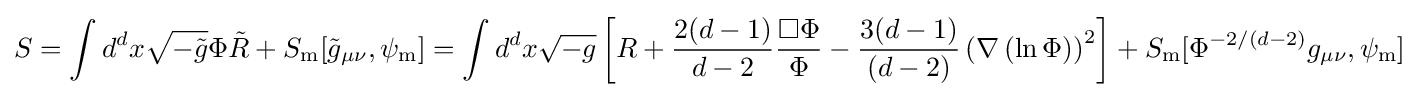
S=\int d^{d}x{\sqrt {-{\tilde {g}}}}\Phi {\tilde {R}}+S_{\mathrm {m} }[{\tilde {g}}_{\mu \nu },\psi _{\mathrm {m} }]=\int d^{d}x{\sqrt {-g}}\left[R+{\frac {2(d-1)}{d-2}}{\frac {\Box \Phi }{\Phi }}-{\frac {3(d-1)}{(d-2)}}\left(\nabla \left(\ln \Phi \right)\right)^{2}\right]+S_{\mathrm {m} }[\Phi ^{-2/(d-2)}g_{\mu \nu },\psi _{\mathrm {m} }]